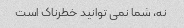
نه، شما نمی توانید خطرناک است